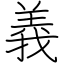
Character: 義